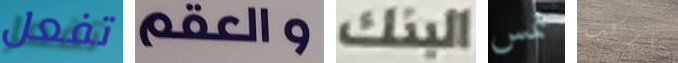
تفعل والعقم البنك تمس ماركت